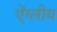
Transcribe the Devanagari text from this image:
ऐंग्लीय